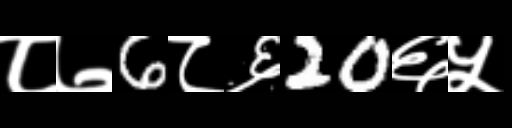
Text: ८७6८६20६५